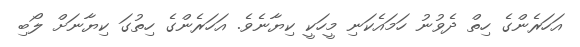
އަހަރެންގެ ހިތް ދެވުނު ހަމައެކަނި މީހަކީ ކިޔާނެވެ. އަހަރެންގެ ހިތުގަ ކިޔާނަށް ލޯބި